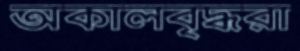
অকালবৃদ্ধরা